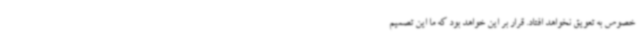
خصوص به تعویق نخواهد افتاد. قرار بر این خواهد بود که ما این تصمیم